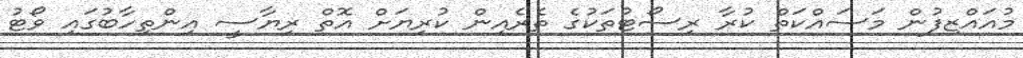
މުއައްޒިފުން މަސައްކަތް ކުރާ ރިސޯޓުތަކުގެ ތެރެއިން ކުރިޔަށް އޮތް ރިޔާސީ އިންތިހާބުގައި ވޯޓު